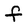
Character: f